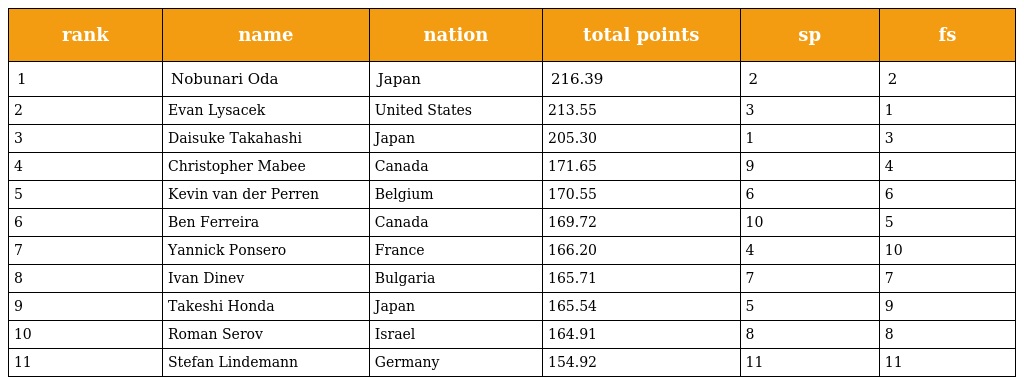
| rank | name | nation | total points | sp | fs |
 | --- | --- | --- | --- | --- | --- |
 | 1 | Nobunari Oda | Japan | 216.39 | 2 | 2 |
 | 2 | Evan Lysacek | United States | 213.55 | 3 | 1 |
 | 3 | Daisuke Takahashi | Japan | 205.30 | 1 | 3 |
 | 4 | Christopher Mabee | Canada | 171.65 | 9 | 4 |
 | 5 | Kevin van der Perren | Belgium | 170.55 | 6 | 6 |
 | 6 | Ben Ferreira | Canada | 169.72 | 10 | 5 |
 | 7 | Yannick Ponsero | France | 166.20 | 4 | 10 |
 | 8 | Ivan Dinev | Bulgaria | 165.71 | 7 | 7 |
 | 9 | Takeshi Honda | Japan | 165.54 | 5 | 9 |
 | 10 | Roman Serov | Israel | 164.91 | 8 | 8 |
 | 11 | Stefan Lindemann | Germany | 154.92 | 11 | 11 |